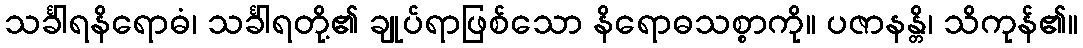
သင်္ခါရနိရောဓံ၊ သင်္ခါရတို့၏ ချုပ်ရာဖြစ်သော နိရောဓသစ္စာကို။ ပဇာနန္တိ၊ သိကုန်၏။